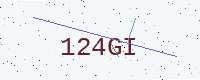
Text: 124GI